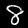
Digit: 8